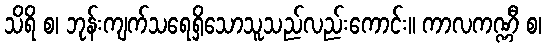
သိရိ စ၊ ဘုန်းကျက်သရေရှိသောသူသည်လည်းကောင်း။ ကာလကဏ္ဏီ စ၊